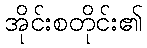
အိုင်းစတိုင်း၏